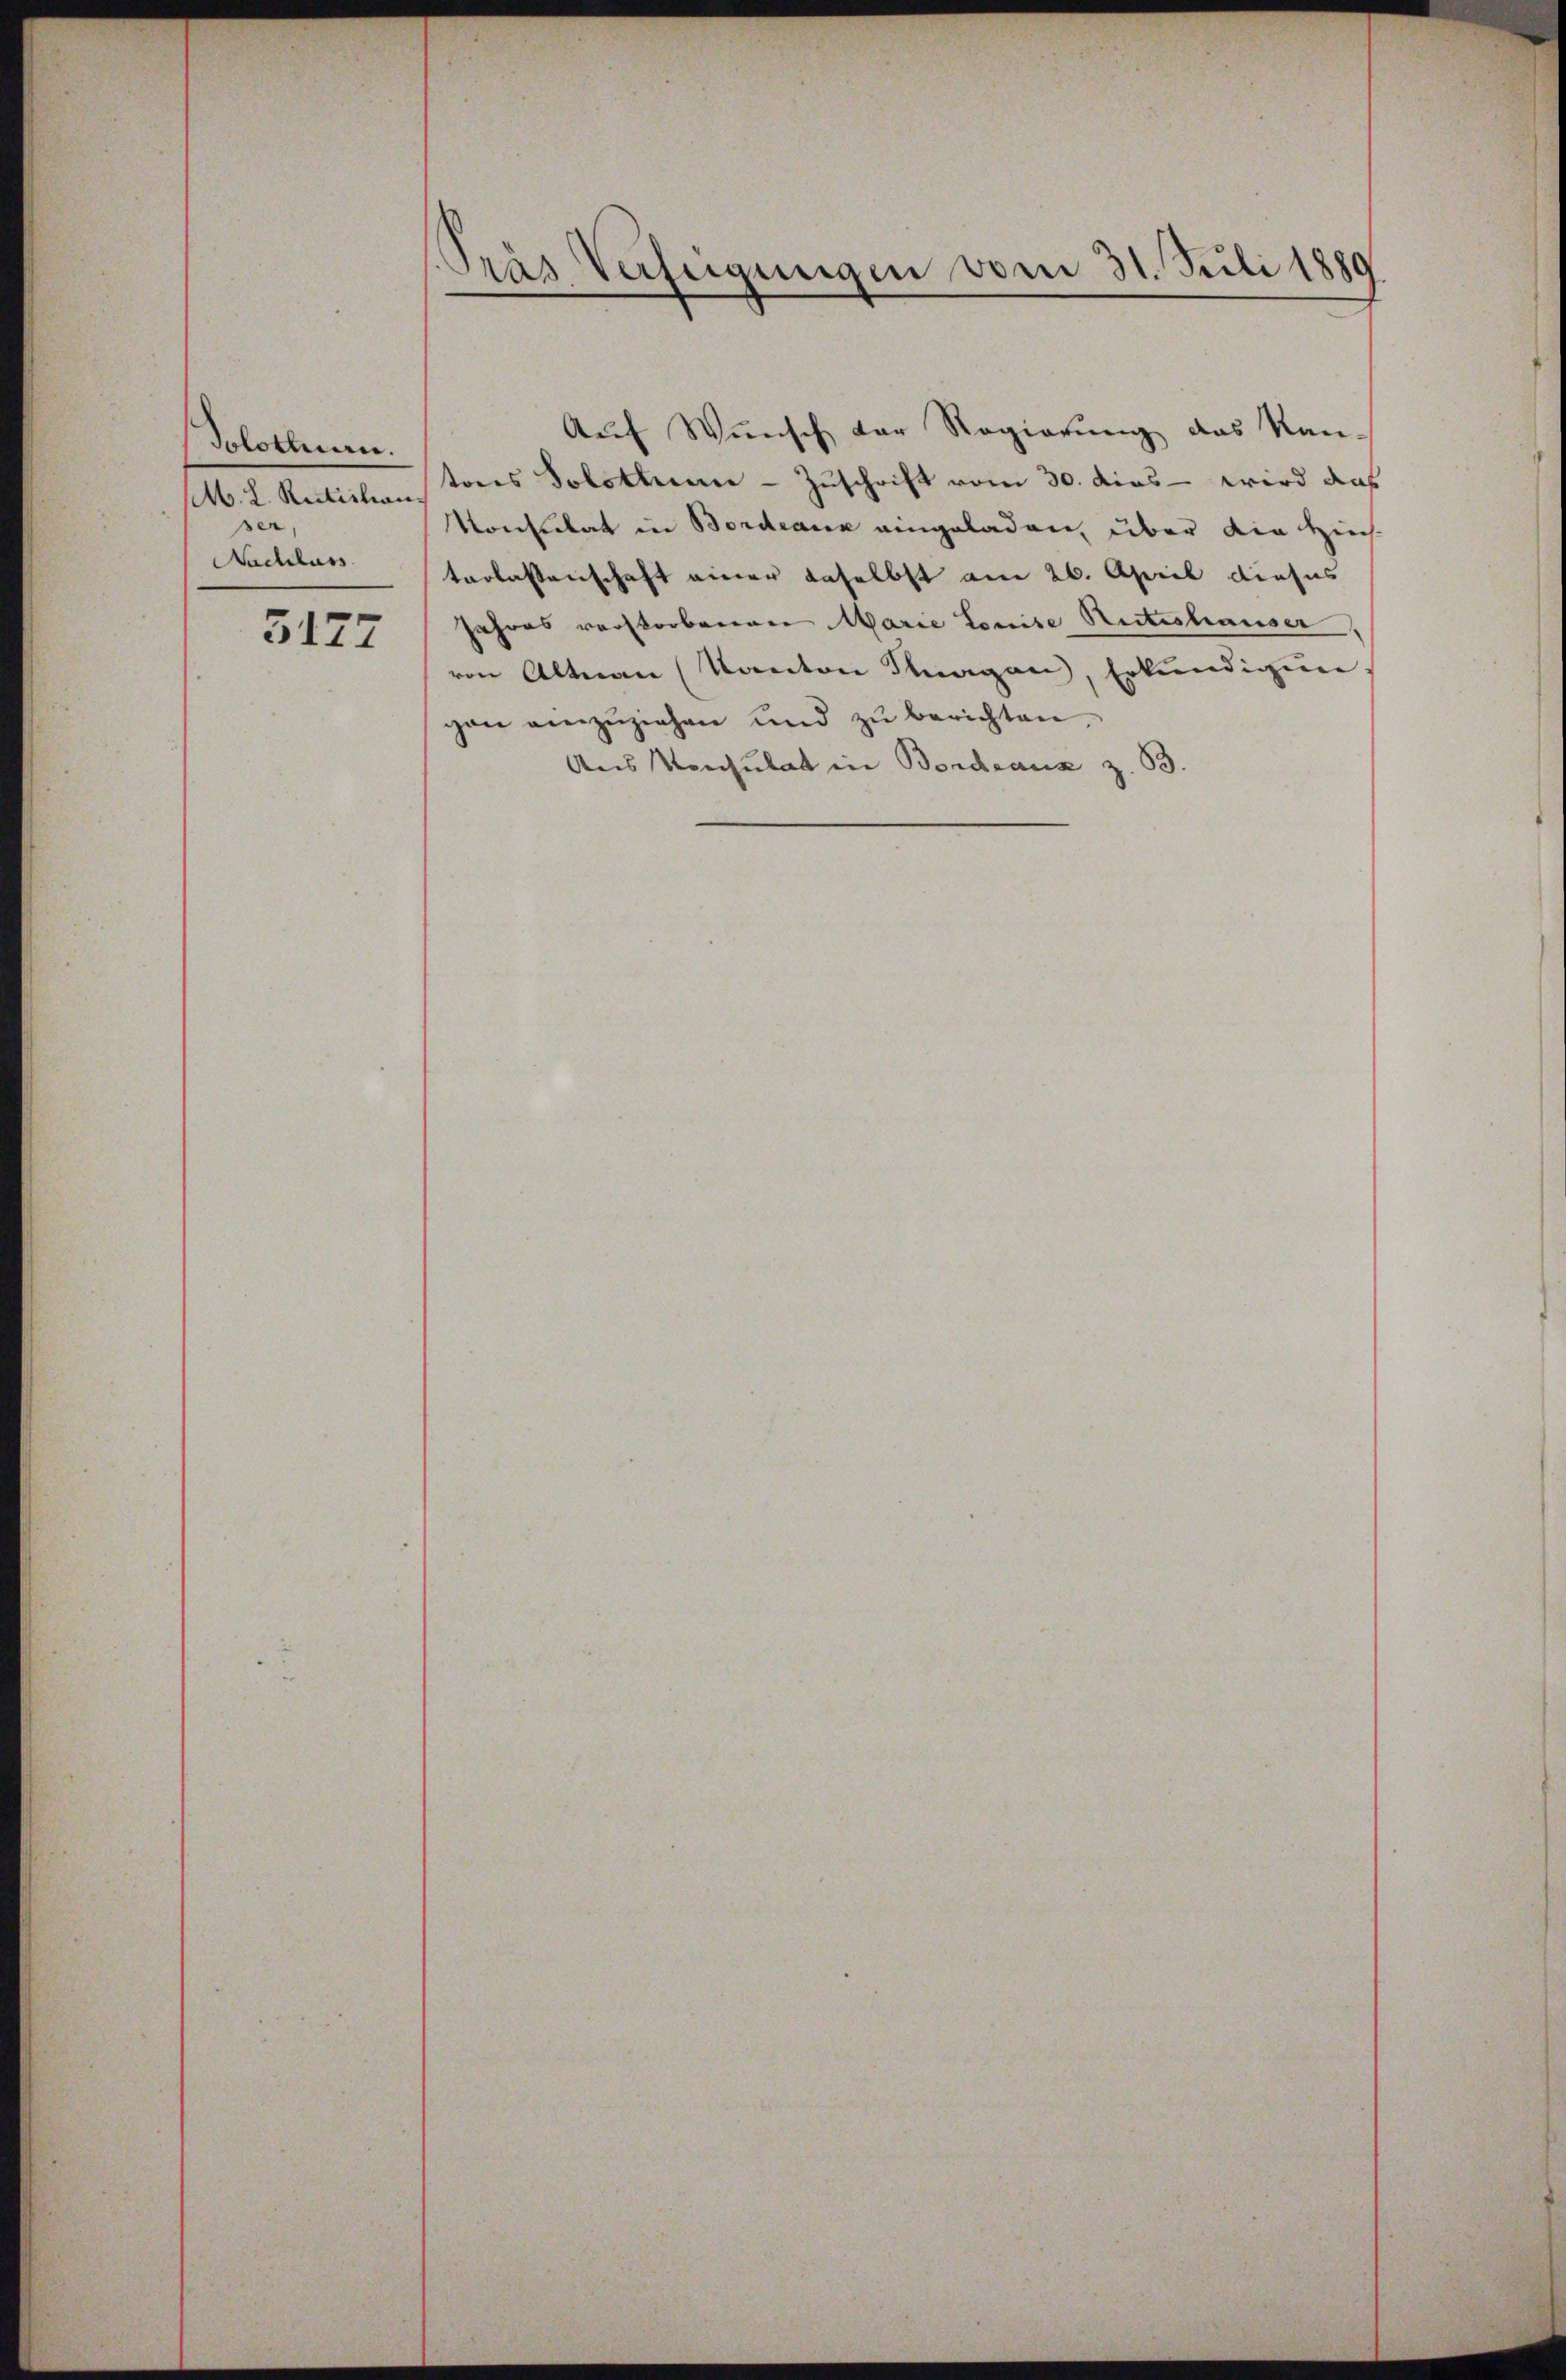
Solothurn.
M. L. Rütistian
ser,
Nachlass

3177

[Präs. Verfügungen vom 31. Juli 1889

Auf Wunsch der Regierung das Kan-
tons Solothurn - Zuschrift vom 30. dies - wird das
Konsulat in Bordeaux eingeladen, über die Hinch
terlassenschaft einer daselbst am 26. April dieses
Jahres verstorbenen Marie Louise Ritteshauser
von Altnau (Kanton Knagen, Erkundigun
gen einzŭziehen und zŭ berichten,
Aus Konsulat in Bordeaux z. B.